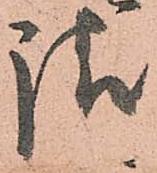
請